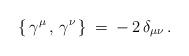
LaTeX: \begin{align*}\{\,\gamma^{\mu}\, ,\,\gamma^{\nu}\, \}\:=\:-\,2\,\delta_{\mu \nu}\,.\end{align*}